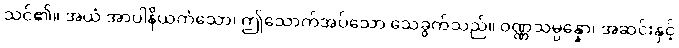
သင်၏။ အယံ အာပါနိယကံသော၊ ဤသောက်အပ်သော သေခွက်သည်။ ဝဏ္ဏသမ္ပန္နော၊ အဆင်းနှင့်